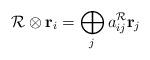
LaTeX: \begin{align*}{\cal R}\otimes {\bf r}_{i}=\bigoplus\limits_{j}a_{ij}^{{\cal R}}{\bf r}_{j}\end{align*}